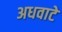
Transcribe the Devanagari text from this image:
अधवाटे